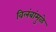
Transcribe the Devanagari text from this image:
विलंबांमुळे